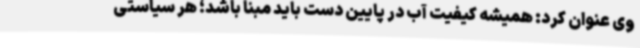
وی عنوان کرد: همیشه کیفیت آب در پایین دست باید مبنا باشد؛ هر سیاستی